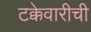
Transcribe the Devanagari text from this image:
टक्केवारीची